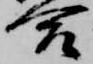
合